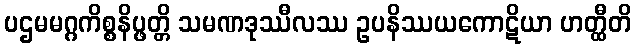
ပဌမမဂ္ဂကိစ္စနိပ္ဖတ္တိ သမဏဒုဿီလဿ ဥပနိဿယကောဋိယာ ဟတ္ထီတိ